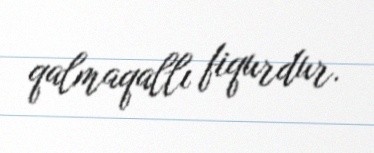
qalmaqallı fiqurdur.